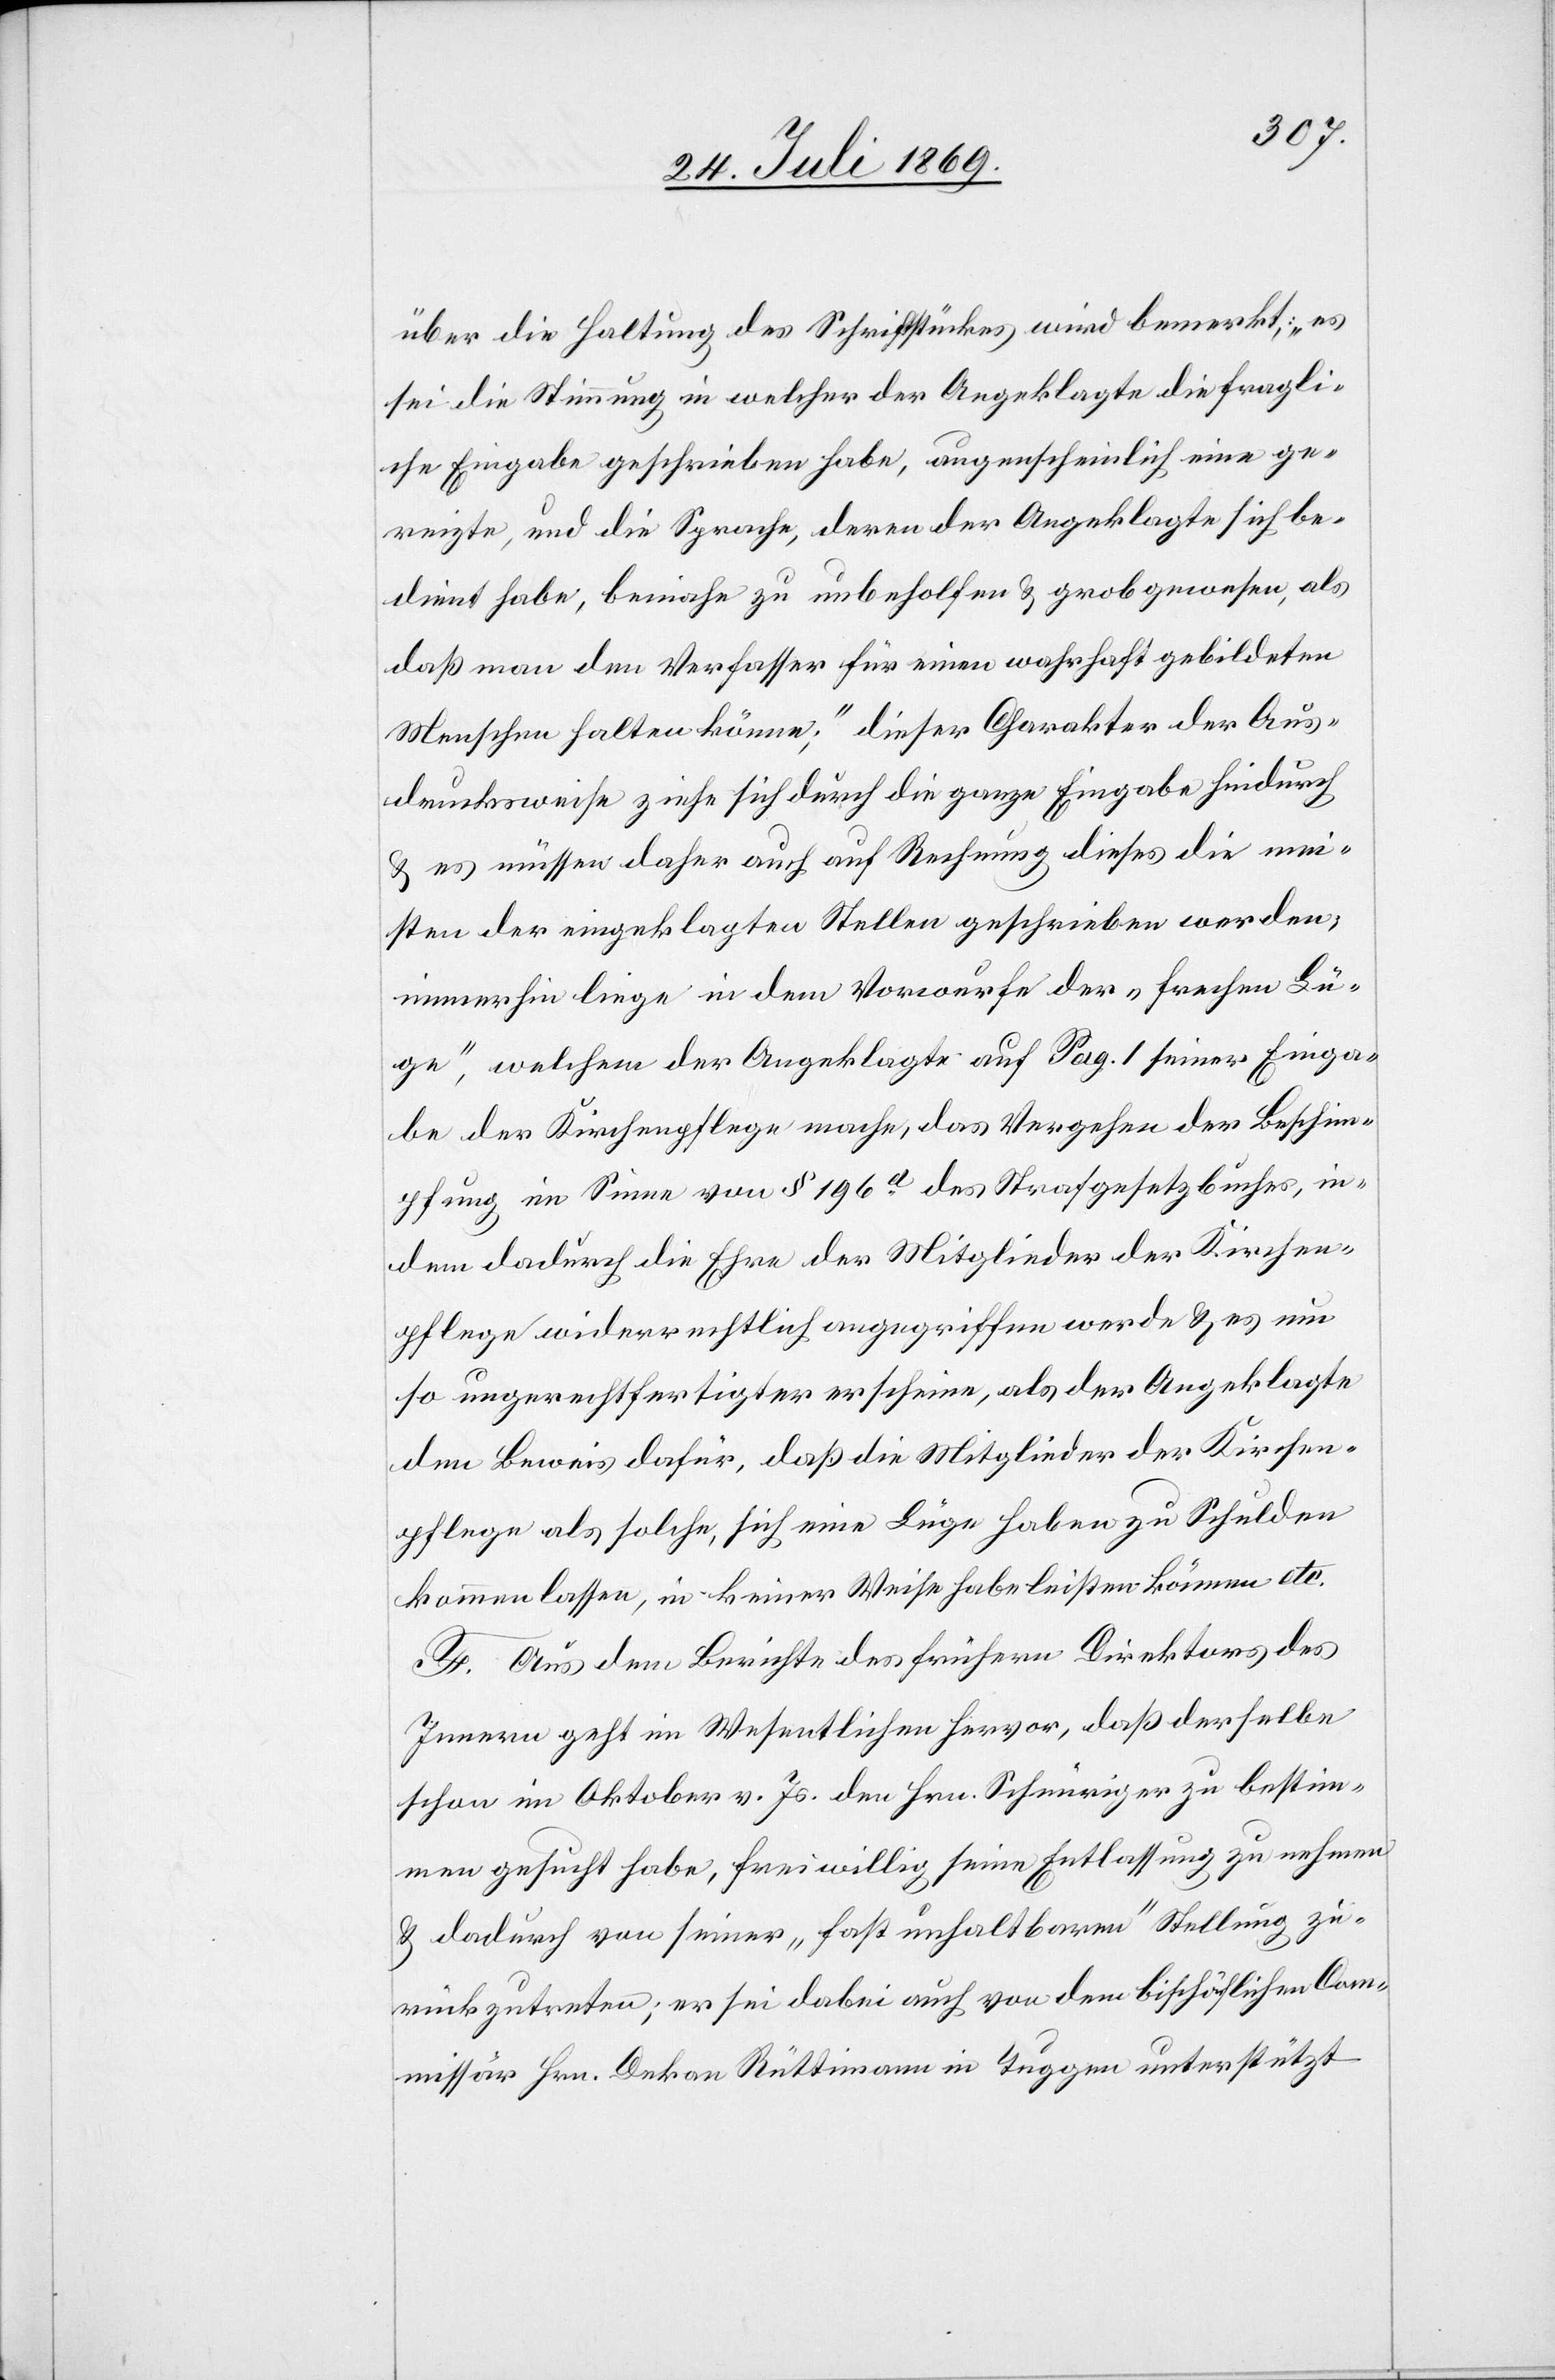
über die Haltung des Schriftstückes wird bemerkt; „es
sei die Stimmung in welcher der Angeklagte die fragli¬
che Eingabe geschrieben habe, augenscheinlich eine ge¬
reizte, und die Sprache, deren der Angeklagte sich be¬
dient habe, beinahe zu unbeholfen u. grob gewesen, als
daß man den Verfasser für einen wahrhaft gebildeten
Menschen halten könne“; dieser Charakter der Aus¬
drucksweise ziehe sich durch die ganze Eingabe hindurch
u. es müssen daher auch auf Rechnung dieses die mei¬
sten der eingeklagten Stellen geschrieben werden;
immerhin liege in dem Vorwurfe der „frechen Lü¬
ge“, welchem der Angeklagte auf Pag. I seiner Einga¬
be der Kirchenpflege mache, das Vergehen der Beschim¬
pfung im Sinne von § 196a des Strafgesetzbuches, in
dem dadurch die Ehre der Mitglieder der Kirchen¬
pflege widerrechtlich angegriffen werde u. es um
so ungerechtfertigter erscheine, als der Angeklagte
den Beweis dafür, daß die Mitglieder der Kirchen¬
pflege als solche, sich eine Lüge haben zu Schulden
kommen lassen, in keiner Weise habe leisten können etc.
F. Aus dem Berichte des frühern Direktors des
Innern geht im Wesentlichen hervor, daß derselbe
schon im Oktober v. Js. den Hrn. Schnüriger zu bestim¬
men gesucht habe, freiwillig seine Entlassung zu nehmen
u. dadurch von seiner „fast unhaltbaren“ Stellung zu¬
rückzutreten; er sei dabei auch von dem bischöflichen Com¬
missär Hrn. Dekan Rüttimann in Tuggen unterstützt